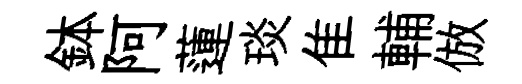
鉢阿蓮琰隹輔倣